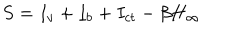
LaTeX: S = I _ { v } + I _ { b } + I _ { c t } - \beta H _ { \infty }